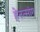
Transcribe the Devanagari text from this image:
हेनत्सांग